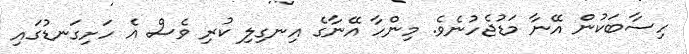
ހިސާބަކުން އޭނާ މަޑުޖެހުނެވެ. މިންހާ އޭނާގެ އިނގިލި ކުރި ވެސް އެ ހަށިގަނޑުގައި